Riigikantselei, lk 140
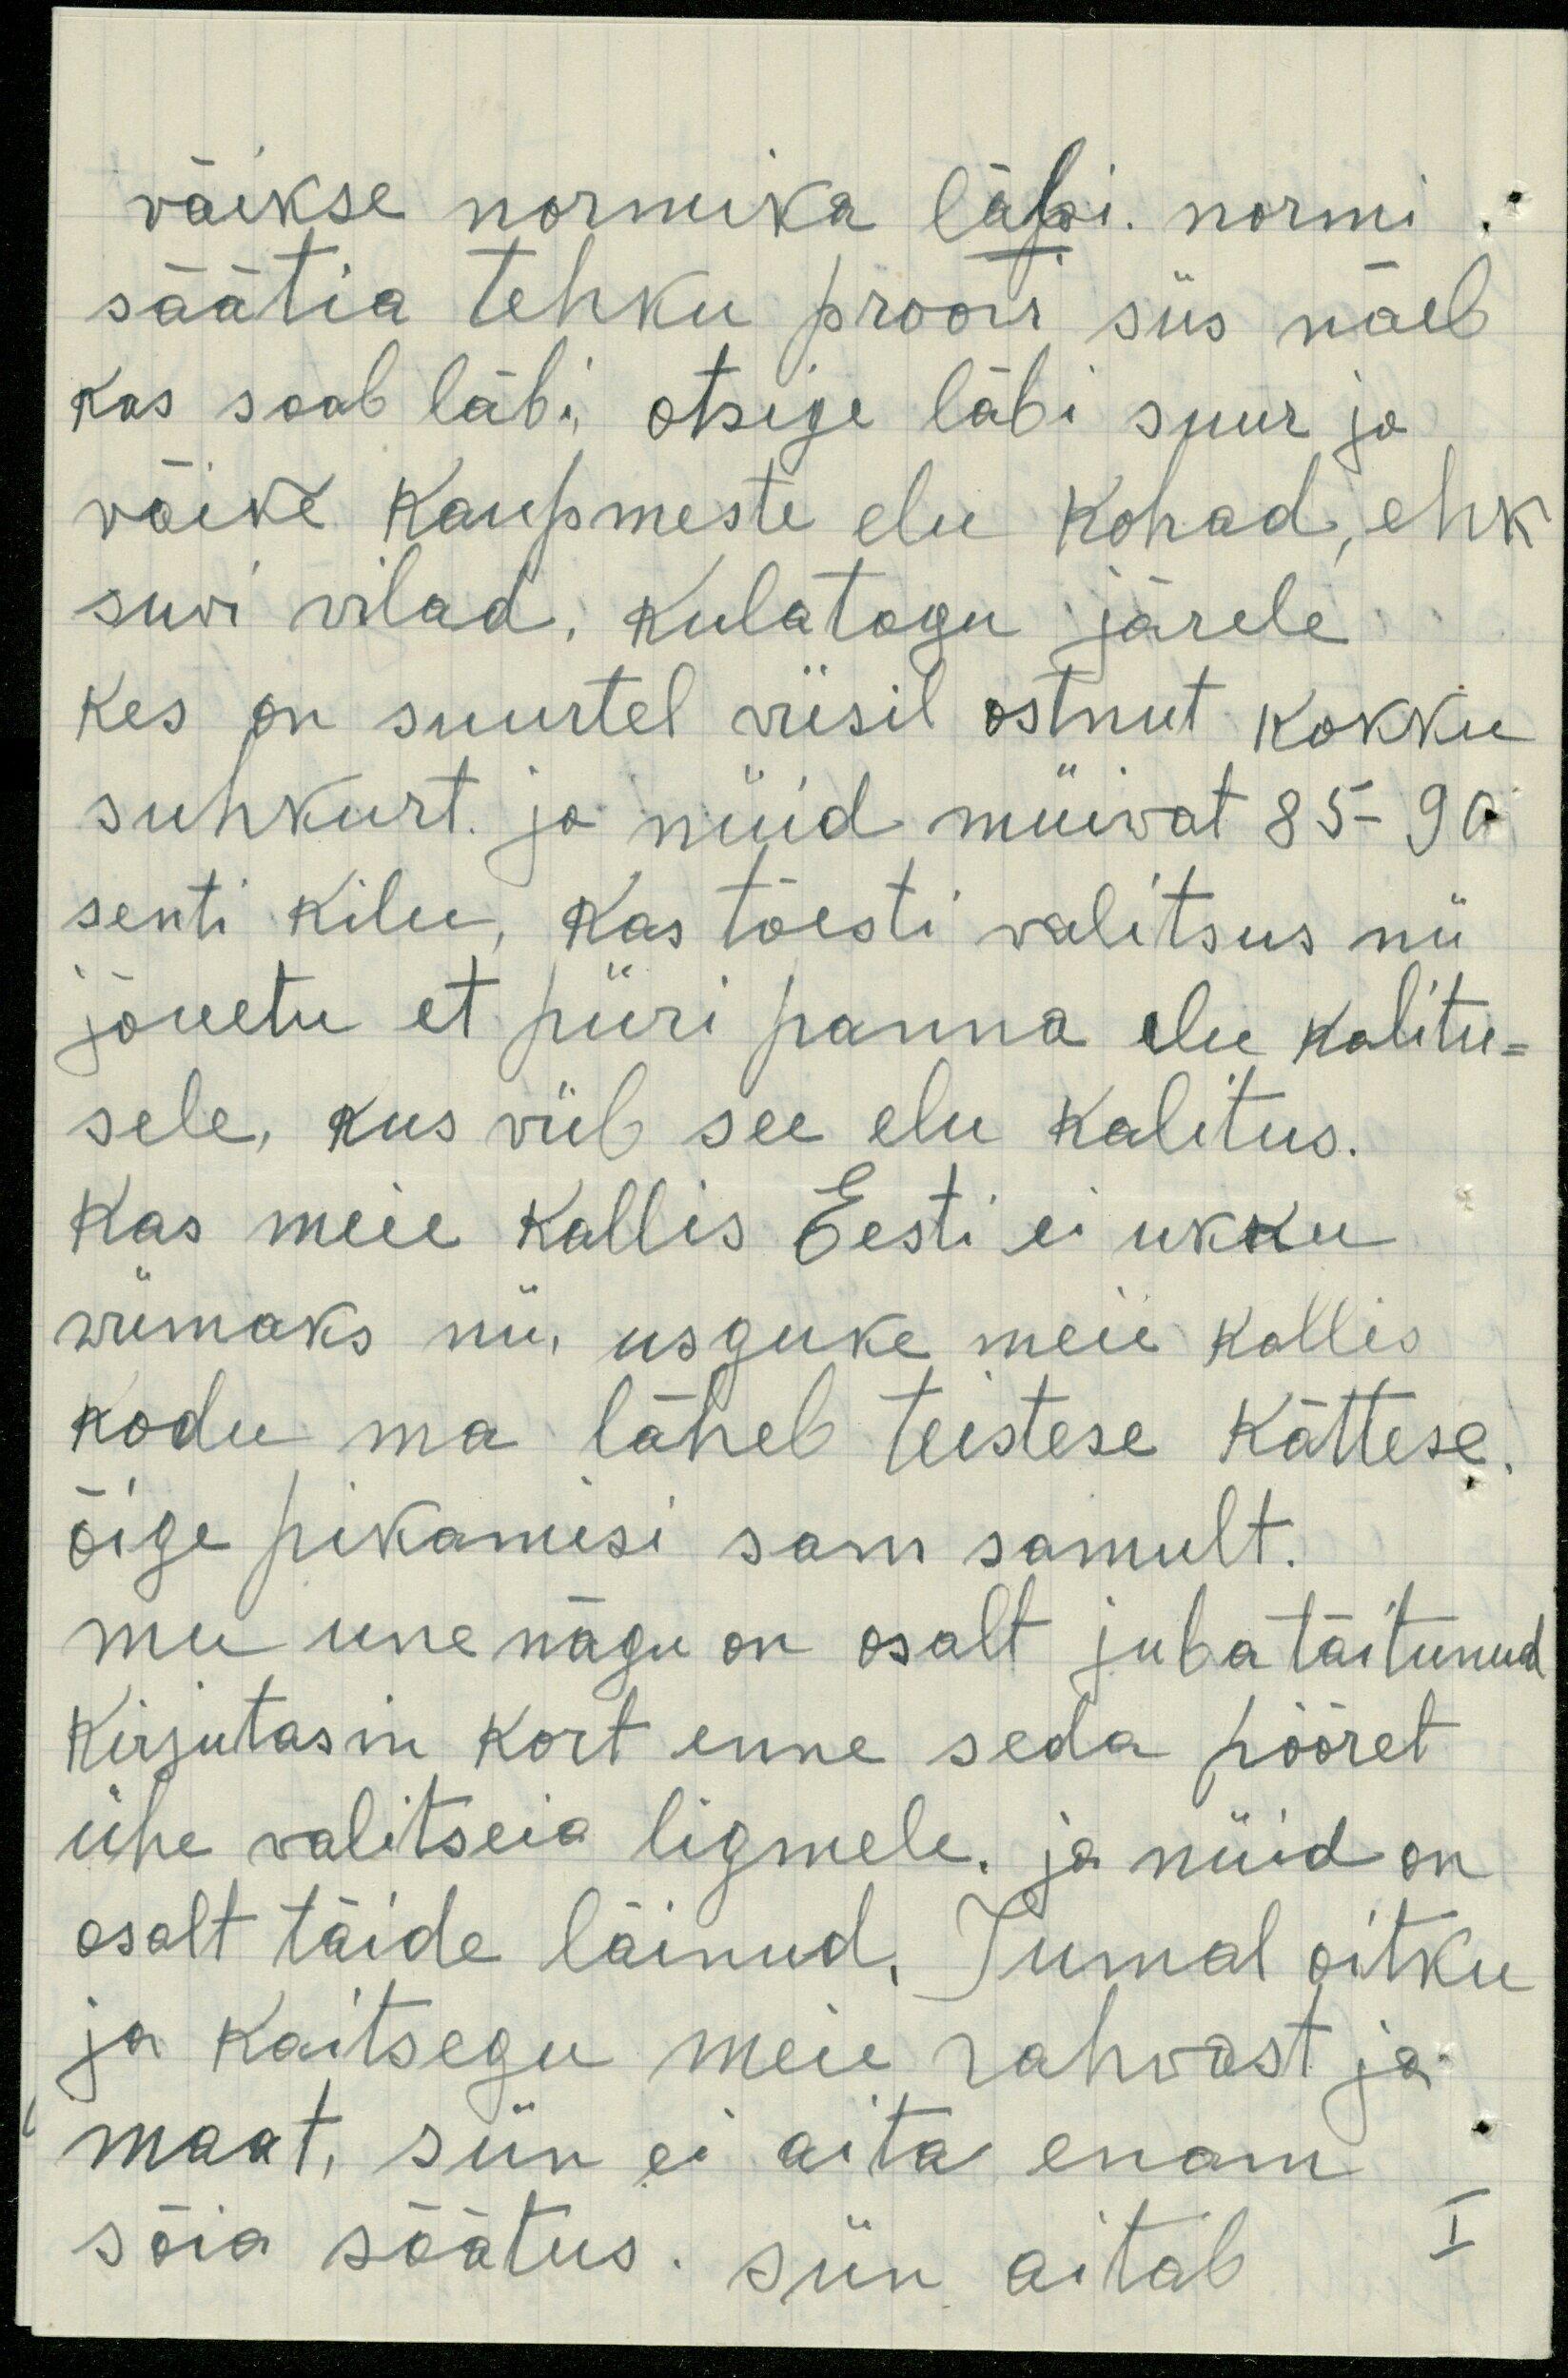
väikse normika läpi. normi
säätia tehku proovi siis näeb
kas saab läbi, otsige läbi suur ja
väike kaupmeste elu kohad, ehk
suvi vilad, kulatagu järele
kes on suurtel viisil ostnut kokku
suhkurt ja nüid müivat 85-90
senti kilu, kas tõesti valitsus nii
jõuetu et piiri panna elu kalitu-
sele, kus viib see elu kalitus.
Kas meie kallis Eesti ei ukku
wiimaks nii, usguke meie kallis
kodu ma läheb teistese kättese.
õige pikamesi sam samult.
mu unenägu on osalt juba täitunud
Kirjutasin kort enne seda pööret
ühe valitseia ligmele. ja nüid on
osalt täide läinud. Jumal oitku
ja kaitsegu meie rahwast ja
maat, siin ei aita enam
sõia säätus. siin aitab I